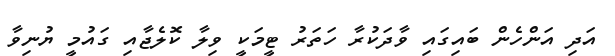
އަދި އަންހެން ބައިގައި ވާދަކުރާ ހަތަރު ޓީމަކީ ވިލާ ކޮލެޖާއި ގައުމީ ޔުނިވާ